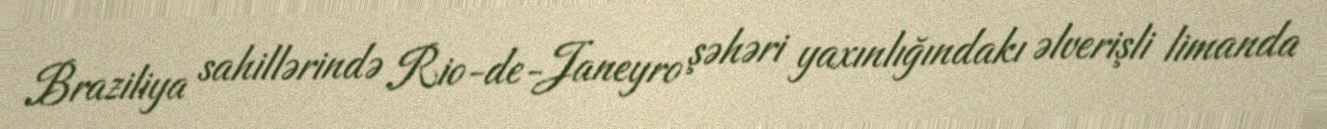
Braziliya sahillərində Rio-de-Janeyro şəhəri yaxınlığındakı əlverişli limanda